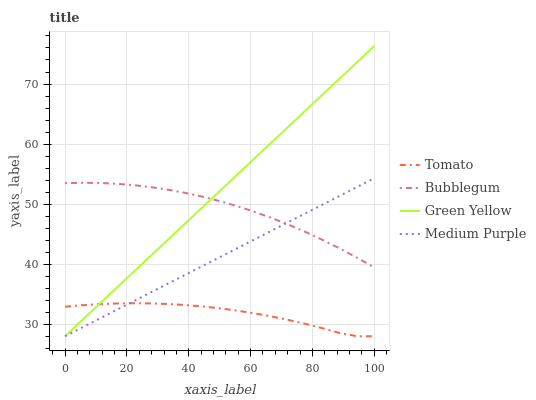
| xaxis_label | Tomato | Bubblegum | Green Yellow | Medium Purple |
 | --- | --- | --- | --- | --- |
 | 0 | 32.9 | 53.5 | 28 | 28 |
 | 5.56 | 33.2 | 53.6 | 30.7 | 29.5 |
 | 11.1 | 33.3 | 53.5 | 33.4 | 30.9 |
 | 16.7 | 33.5 | 53.4 | 36.1 | 32.4 |
 | 22.2 | 33.5 | 53.2 | 38.7 | 33.9 |
 | 27.8 | 33.5 | 52.8 | 41.4 | 35.3 |
 | 33.3 | 33.4 | 52.4 | 44.1 | 36.8 |
 | 38.9 | 33.2 | 51.9 | 46.8 | 38.2 |
 | 44.4 | 33 | 51.2 | 49.5 | 39.7 |
 | 50 | 32.7 | 50.5 | 52.2 | 41.2 |
 | 55.6 | 32.3 | 49.7 | 54.8 | 42.6 |
 | 61.1 | 31.8 | 48.7 | 57.5 | 44.1 |
 | 66.7 | 31.3 | 47.7 | 60.2 | 45.6 |
 | 72.2 | 30.7 | 46.6 | 62.9 | 47 |
 | 77.8 | 30.1 | 45.4 | 65.6 | 48.5 |
 | 83.3 | 29.3 | 44 | 68.3 | 49.9 |
 | 88.9 | 28.5 | 42.6 | 71 | 51.4 |
 | 94.4 | 28 | 41.1 | 73.6 | 52.9 |
 | 100 | 28 | 39.4 | 76.3 | 54.3 |